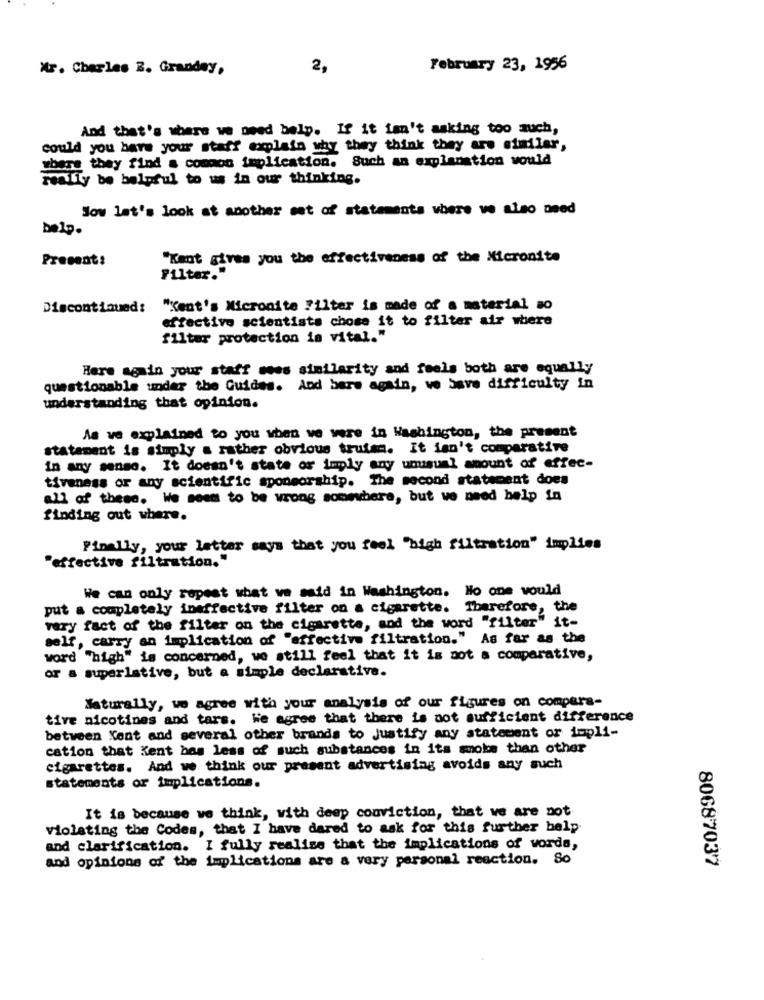
Mr. Charles 2. Grandey,
2,
February 23, 1956
And that's where we need bely. If it isn't asking too much,
could you have your staff explain why they think they are similar,
bere they find a common implication. Such an explanation would
really be helpful to us in our thinking.
Jow let's look at another set of statements where ve also need
belp.
Present:
"Kent gives you the effectiveness of the Micronite
Filter."
Discontinued:
"Kent's Micronite Filter is made of a material so
effective scientists chose it to filter air where
filter protection is vital."
Here again your staff moes similarity and feels both are equally
questionable under the Guides. And bare again, ve Save difficulty in
understanding that opinion.
As ve explained to you when we were in Washington, the present
statement is simply a rather obvious truism. It isn't comparative
in any sense. It doesn't state or imply any unusual ano
amount of effec-
tiveness or any scientific sponsorship. The second statement does
all of these. We seem to be wrong somewhere, but we need help in
finding out where.
Finally, your letter says that you feel "high filtration" implies
"effective filtration."
We can only ropest what we said in Washington. No one would
put a completely ineffective filter on a cigarette. Therefore, the
vary fact of the filter on the cigarette, and the word "filter" it-
f, carry an implication of "affective filtration." As far as the
word "high" is concerned, we still feel that it is not a comparative,
or a superlative, but a simple declarative.
Naturally, wo agree with your analysis of our figures on compara-
tive nicotines and tars. We agree that there is not sufficient difference
between Xent and several other brands to Justify any statement or impli-
cation that Kent bas less of such substances in its smoke than other
cigarettes. And we think our present advertising avoids any such
statements or implications.
It is because we think, with deep conviction, that we are not
violating the Codes, that I have dared to ask for this further help
and clarification. I fully realize that the implications of words,
and opinions of the implications are a very personal reaction. So
80687037